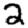
Digit: 2